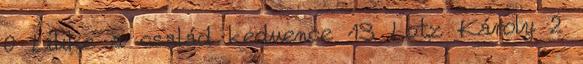
0 Lilike a család kedvence 13 Lotz Károly 2